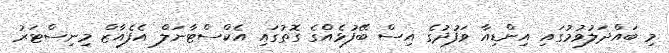
މި ބައްދަލުވުމުގައި އިންޑިއާ ވަފުދުގެ އިސް ބޭފުޅެއްގެ ގޮތުގައި އެކްސްޓާނަލް އެފެއާޒް މިނިސްޓަރު